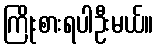
ကြိုးစားရပါဦးမယ်။